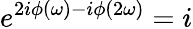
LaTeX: e^{2i\phi(\omega)-i\phi(2\omega)}=i